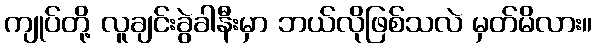
ကျုပ်တို့ လူချင်းခွဲခါနီးမှာ ဘယ်လိုဖြစ်သလဲ မှတ်မိလား။